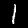
Label: 1